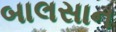
બાલસાન